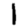
Digit: 1